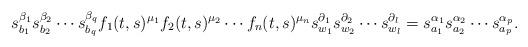
LaTeX: \begin{align*}s_{b_1}^{\beta_1}s_{b_2}^{\beta_2}\cdots s_{b_q}^{\beta_q}f_1(t, s)^{\mu_1}f_2(t, s)^{\mu_2}\cdots f_n(t, s)^{\mu_n}s_{w_1}^{\partial_1}s_{w_2}^{\partial_2} \cdots s_{w_l}^{\partial_l}= s_{a_1}^{\alpha_1}s_{a_2}^{\alpha_2}\cdots s_{a_p}^{\alpha_p}. \end{align*}